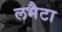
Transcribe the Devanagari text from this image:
लभैटा